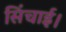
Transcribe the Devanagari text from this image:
सिंचाई।